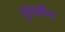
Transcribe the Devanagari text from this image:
गुमरमैन